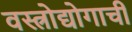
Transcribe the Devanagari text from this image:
वस्त्रोद्योगाची